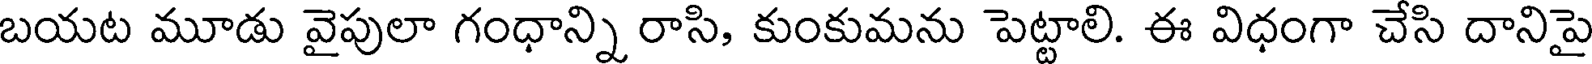
బయట మూడు వైపులా గంధాన్ని రాసి, కుంకుమను పెట్టాలి. ఈ విధంగా చేసి దానిపై